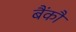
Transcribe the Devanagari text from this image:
बैंकौ